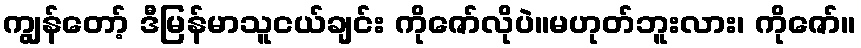
ကျွန်တော့် ဒီမြန်မာသူငယ်ချင်း ကိုဇော်လိုပဲ။မဟုတ်ဘူးလား၊ ကိုဇော်။